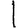
Digit: 1